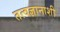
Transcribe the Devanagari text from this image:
तत्वज्ञानाशी